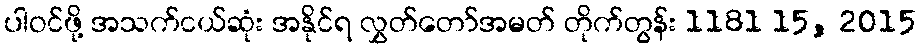
ပါဝင်ဖို့ အသက်ငယ်ဆုံး အနိုင်ရ လွှတ်တော်အမတ် တိုက်တွန်း 1181 15, 2015